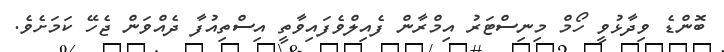
ބޮންޑެ ވިދާޅުވީ ހޯމް މިނިސްޓަރު އިމްރާން ފެއިލްވެފައިވާތީ އިސްތިއުފާ ދެއްވަން ޖެހޭ ކަމަށެވެ.